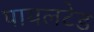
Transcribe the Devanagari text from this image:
पायलटेड